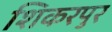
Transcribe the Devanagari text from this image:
शिकरपुर